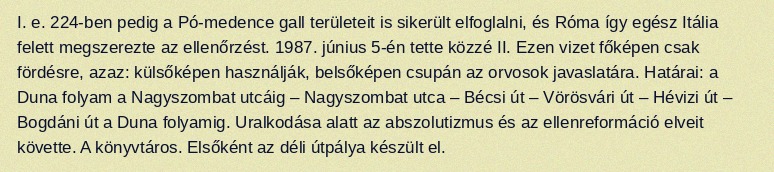
I. e. 224-ben pedig a Pó-medence gall területeit is sikerült elfoglalni, és Róma így egész Itália felett megszerezte az ellenőrzést. 1987. június 5-én tette közzé II. Ezen vizet főképen csak fördésre, azaz: külsőképen használják, belsőképen csupán az orvosok javaslatára. Határai: a Duna folyam a Nagyszombat utcáig – Nagyszombat utca – Bécsi út – Vörösvári út – Hévizi út – Bogdáni út a Duna folyamig. Uralkodása alatt az abszolutizmus és az ellenreformáció elveit követte. A könyvtáros. Elsőként az déli útpálya készült el.